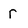
Character: r